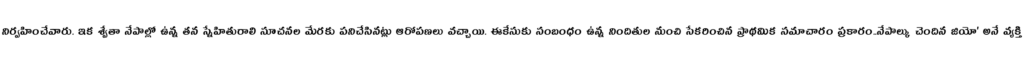
నిర్వహించేవారు. ఇక శ్వేతా నేపాల్లో ఉన్న తన స్నేహితురాలి సూచనల మేరకు పనిచేసినట్లు ఆరోపణలు వచ్చాయి. ఈకేసుకు సంబంధం ఉన్న నిందితుల నుంచి సేకరించిన ప్రాథమిక సమాచారం ప్రకారం..నేపాల్కు చెందిన జియో' అనే వ్యక్తి